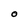
Character: O